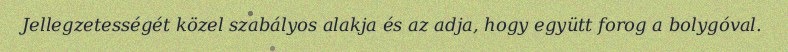
Jellegzetességét közel szabályos alakja és az adja, hogy együtt forog a bolygóval.